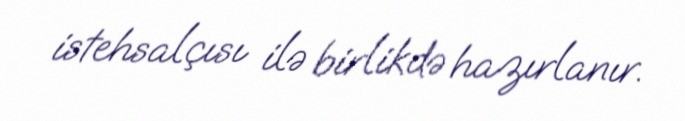
istehsalçısı ilə birlikdə hazırlanır.